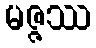
မဇ္ဇဿ